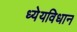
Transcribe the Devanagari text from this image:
ध्येयविधान